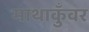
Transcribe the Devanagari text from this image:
माथाकुँवर